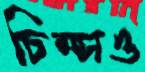
চিম্‌সও